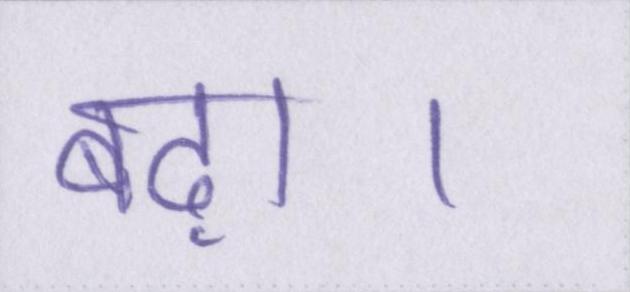
बढ़ा।